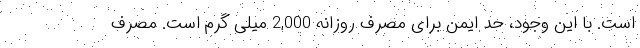
است. با این وجود، حد ایمن برای مصرف روزانه 2,000 میلی گرم است. مصرف